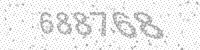
Solution: 688768